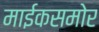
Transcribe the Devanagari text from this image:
माईकसमोर